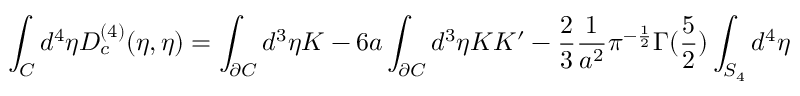
\int _ { C } { d ^ { 4 } } { \eta } D _ { c } ^ { ( 4 ) } ( \eta , { \eta } ) = \int _ { \partial C } d ^ { 3 } \eta K - 6 a \int _ { \partial C } d ^ { 3 } \eta K K ^ { \prime } - \frac { 2 } { 3 } \frac { 1 } { a ^ { 2 } } \pi ^ { - \frac { 1 } { 2 } } \Gamma ( \frac { 5 } { 2 } ) \int _ { S _ { 4 } } d ^ { 4 } \eta